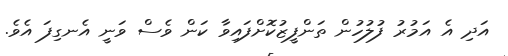
އަދި އެ އަމުރު ފުލުހުން ތަންފީޒުކޮށްފައިވާ ކަން ވެސް ވަނީ އެނގިފަ އެވެ.